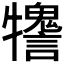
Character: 𤜋